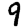
Digit: 9